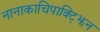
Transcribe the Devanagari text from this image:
नानाकाचिपाक्ट्झिन